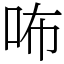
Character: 咘